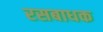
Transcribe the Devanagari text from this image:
रसबाधक